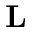
\mathbf { L }